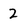
Character: 2